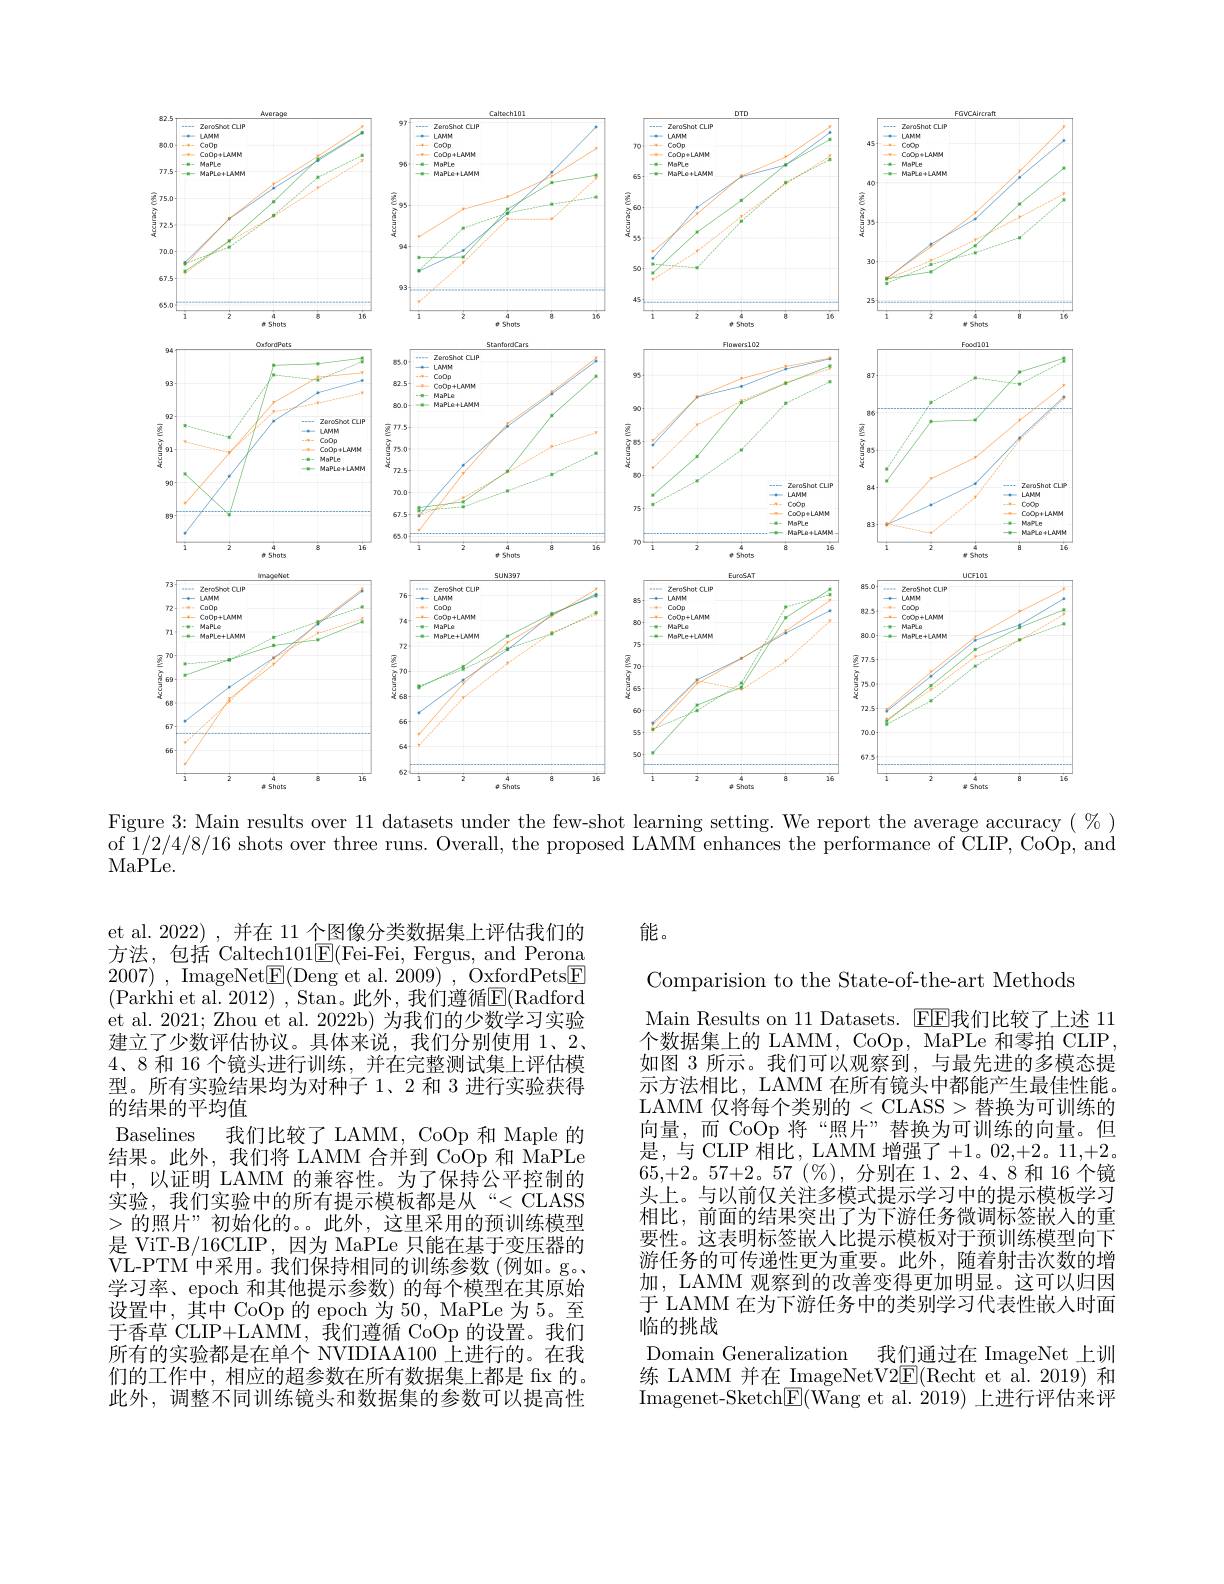
<FigureHere>
Figure 3: Main results over 11 datasets under the few-shot learning setting. We report the average accuracy $(\%)$

of 1/2/4/8/16 shots over three runs. Overall, the proposed LAMM enhances the performance of $\bar{C}$LIP, CoOp, and of 1/2/4/8/16 shots over three runs. Overall, the proposed LAMM enhances the performance of$ \bar{C}$LIP, CoOp, and
MaPLe.

et al. 2022) , 并在 11 个图像分类数据集上评估我们的方法，包括 Caltech$101\underline{\mathrm{E}}($Fei-Fei, Fergus, and Perona 2007) , ${\mathrm{ImageNet}}\underline {\mathrm{E} }($Deng et al. 2009) , ${\mathrm{OxfordPets}}\underline {\mathrm{F} }$ (Parkhi et al. 2012) , Stan。此外，我们遵循$\overline{\mathrm{E}}($Radford et al. 2021; Zhou et al. 2022b) 为我们的少数学习实验建立了少数评估协议。具体来说，我们分别使用 1、2、 4、8 和 16 个镜头进行训练，并在完整测试集上评估模型。所有实验结果均为对种子 1、2 和 3 进行实验获得的结果的平均值
Baselines 我们比较了 LAMM, CoOp 和 Maple 的结果。此外，我们将 LAMM 合并到 CoOp 和 MaPLe 中，以证明 LAMM 的兼容性。为了保持公平控制的实验，我们实验中的所有提示模板都是从“<CLASS >的照片”初始化的。。此外，这里采用的预训练模型是 ViT-B/16CLIP,因为 MaPLe 只能在基于变压器的VL-PTM 中采用。我们保持相同的训练参数(例如。g。学习率、epoch 和其他提示参数) 的每个模型在其原始设置中，其中 CoOp 的 epoch 为 50, MaPLe 为 5。至于香草 CLIP+LAMM,我们遵循 CoOp 的设置。我们所有的实验都是在单个 NVIDIAA100 上进行的。在我们的工作中，相应的超参数在所有数据集上都是 fx 的。此外，调整不同训练镜头和数据集的参数可以提高性

能。

Comparision to the State-of-the-art Methods
Main Results on 11 Datasets. EE我们比较了上述 11个数据集上的 LAMM, CoOp, MaPLe 和零拍 CLIP 如图 3 所示。我们可以观察到，与最先进的多模态提示方法相比，LAMM 在所有镜头中都能产生最佳性能。LAMM 仅将每个类别的<CLASS> 替换为可训练的向量，而 CoOp 将“照片”替换为可训练的向量。但是，与 CLIP 相比，LAMM 增强了+1。02,+2。11,+2。$65,+2。57+2。57(\%)$,分别在1、2、4、8 和 16 个镜头上。与以前仅关注多模式提示学习中的提示模板学习相比，前面的结果突出了为下游任务微调标签嵌入的重要性。这表明标签嵌入比提示模板对于预训练模型向下游任务的可传递性更为重要。此外，随着射击次数的增加，LAMM 观察到的改善变得更加明显。这可以归因于 LAMM 在为下游任务中的类别学习代表性嵌人时面临的挑战
Domain Generalization 我们通过在 ImageNet 上训练 LAMM 并在\_ImageNetV2$\underline{\mathrm{E}}($Recht et al.2019)和Imagenet- Sketch$\underline {{\mathrm{E} }}( \bar{\mathrm{Wang~et~al. ~2019}} )$上进行评估来评